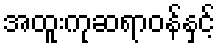
အထူးကုဆရာဝန်နှင့်